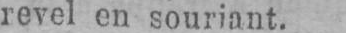
revel en souriant.